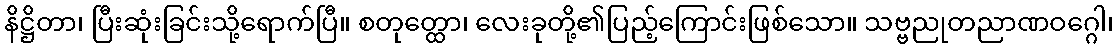
နိဋ္ဌိတာ၊ ပြီးဆုံးခြင်းသို့ရောက်ပြီ။ စတုတ္ထော၊ လေးခုတို့၏ပြည့်ကြောင်းဖြစ်သော။ သဗ္ဗညုတညာဏဝဂ္ဂေါ၊